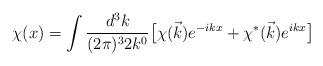
LaTeX: \begin{align*}\chi(x)=\int \frac{d^3 k}{(2 \pi)^3 2 k^0} \bigl[ \chi(\vec{k}) e^{-ikx} +\chi^* (\vec{k}) e^{ikx} \bigr] \end{align*}